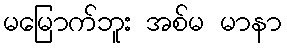
မမြောက်ဘူး အစ်မ မာနာ